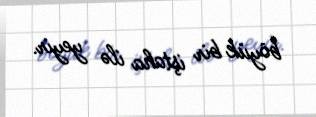
böyük bir iştaha ilə yeyir.